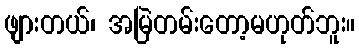
ဖျားတယ်၊ အမြဲတမ်းတော့မဟုတ်ဘူး။